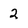
Character: 2